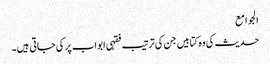
الجوامع
حدیث کی وہ کتابیں جن کی ترتیب فقہی ابواب پر کی جاتی ہیں۔